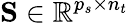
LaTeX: \mathbf{S}\in\mathbb{R}^{p_{s}\times n_{t}}